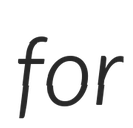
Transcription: for